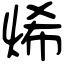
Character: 烯